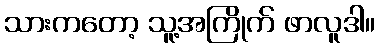
သားကတော့ သူ့အကြိုက် ဖာလူဒါ။